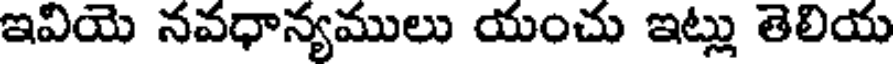
ఇవియె నవధాన్యములు యంచు ఇట్లు తెలియ